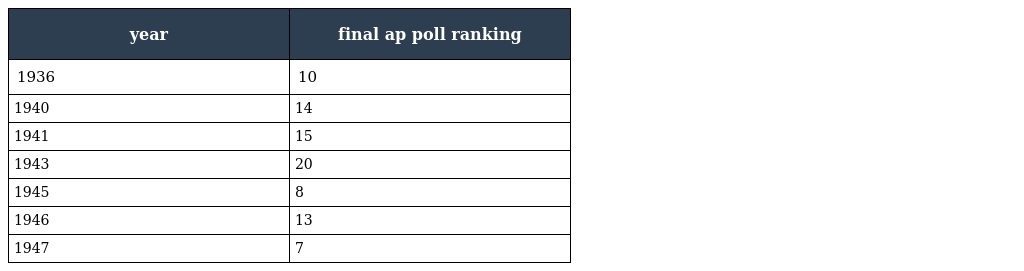
| year | final ap poll ranking |
 | --- | --- |
 | 1936 | 10 |
 | 1940 | 14 |
 | 1941 | 15 |
 | 1943 | 20 |
 | 1945 | 8 |
 | 1946 | 13 |
 | 1947 | 7 |